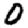
Digit: 0